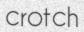
crotch